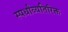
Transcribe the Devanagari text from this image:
स्पर्धांव्यतिरिक्त